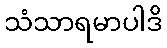
သံသာရမာပါဒိ